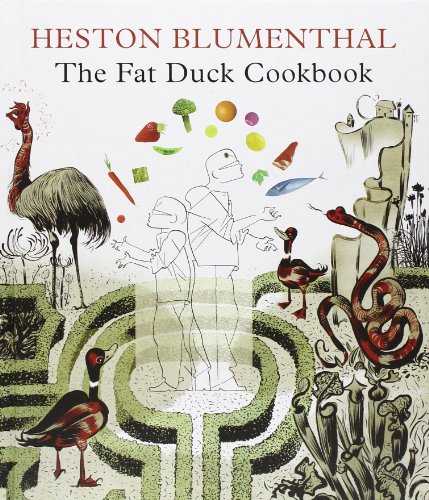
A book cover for The Fat Duck Cookbook; Heston Blumenthal; Cookbooks, Food & Wine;